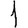
Digit: 1